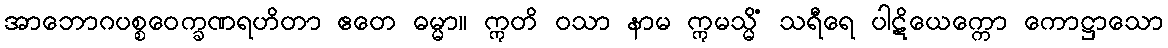
အာဘောဂပစ္စဝေက္ခဏရဟိတာ ဧတေ ဓမ္မာ။ ဣတိ ဝသာ နာမ ဣမသ္မိံ သရီရေ ပါဋိယေက္ကော ကောဋ္ဌာသော